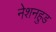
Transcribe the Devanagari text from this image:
नेशनहुड